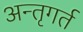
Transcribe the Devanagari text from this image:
अन्तृगर्त